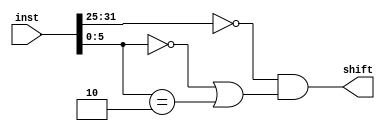
`timescale 1ns / 1ps
//////////////////////////////////////////////////////////////////////////////////
// Company: 
// Engineer: 
// 
// Design Name: 
// Module Name:    check_shift 
// Project Name: 
// Target Devices: 
// Tool versions: 
// Description: 
//
// Dependencies: 
//
// Revision: 
// Revision 0.01 - File Created
// Additional Comments: 
//
//////////////////////////////////////////////////////////////////////////////////
module check_shift(
input [31:0]inst,
output shift
    );
assign shift=(inst[31:25]==0&&(inst[5:0]==0||inst[5:0]==2));

endmodule